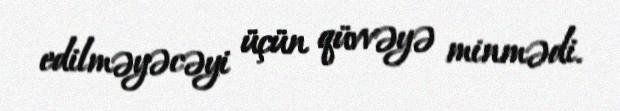
edilməyəcəyi üçün qüvvəyə minmədi.